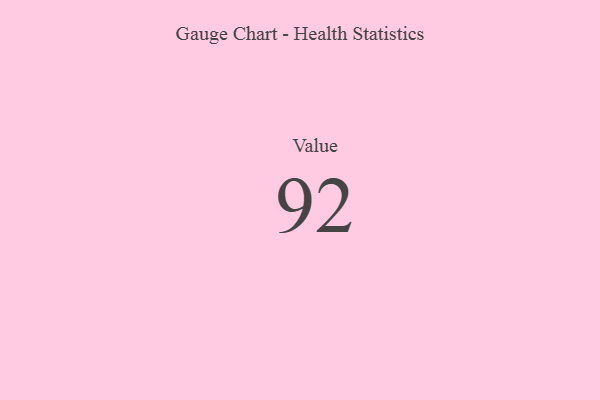
{"axis": {"x": "Metric", "y": "Value"}, "legend": [""], "data": [{"x": "Value", "y": 92, "type": ""}]}